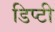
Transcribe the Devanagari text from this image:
डिप्‍टी